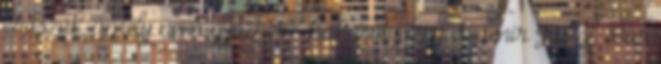
erőszak, amely nem győzhet” – hangsúlyozza Szamir Juszif. Bár